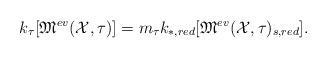
LaTeX: \begin{align*}k_\tau [\mathfrak{M}^{ev}(\mathcal{X},\tau)] = m_\tau k_{*,red}[ \mathfrak{M}^{ev}(\mathcal{X},\tau)_{s,red}] .\end{align*}